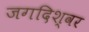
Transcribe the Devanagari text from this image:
जगदिश्वर